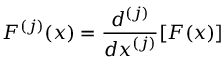
F ^ { ( j ) } ( x ) = { \frac { d ^ { ( j ) } } { d x ^ { ( j ) } } } [ F ( x ) ]